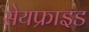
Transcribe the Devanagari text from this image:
सेयफ्राइड